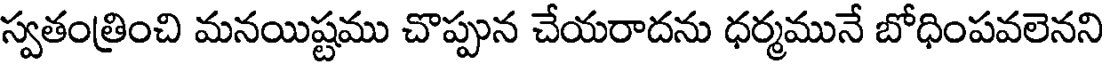
స్వతంత్రించి మనయిష్టము చొప్పున చేయరాదను ధర్మమునే బోధింపవలెనని